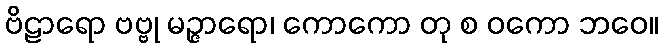
ဗိဠာရော ဗဗ္ဗု မဉ္ဇာရော၊ ကောကော တု စ ဝကော ဘဝေ။